Vital statistics of India. Vol. IV, Annual returns from 1871 to 1876. British Army of India, Native Army and jails of Bengal
Year: 1871
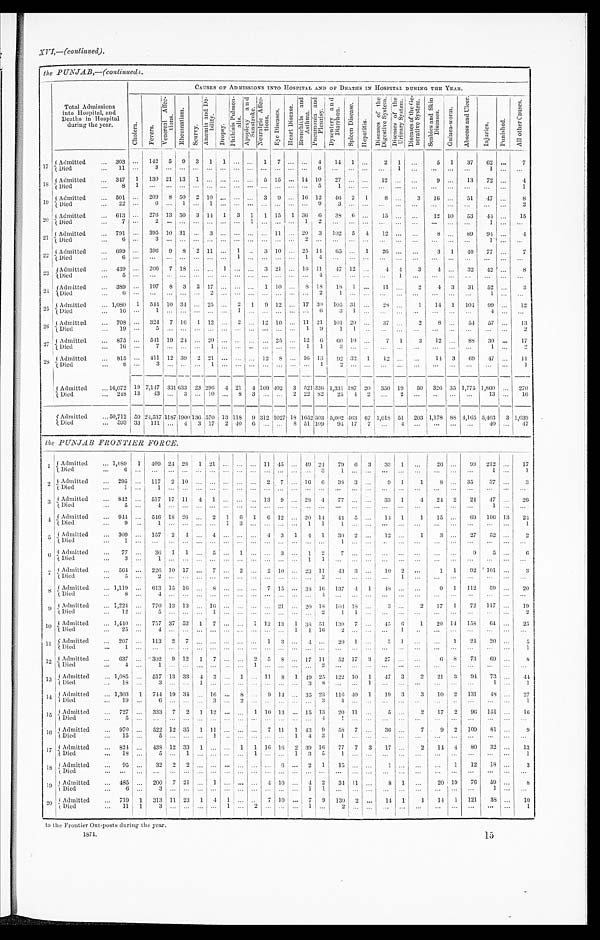
1 8 7 1 .
15
XVI,—(continued).
the PUNJAB,— (continued ).
Total Admissions
into Hospital, and
Deaths in Hospital
during the year.
CAUSES OF ADMISSIONS INTO HOSPITAL AND OF DEATHIS IN HOSPITAL DURING THE YEAR.
C h o l e r a
F e v e r s .
V e n e r e a l A f f e c t i o n s .
R h e u m a t i s m .
S c u r v y .
A n a e m i a a n d D e b i l i t y ,
D r o p s y .
P h t h i s i s P u l m o n a l i s .
A p o p l e x y a n d S u n s t r o k e .
Ne u r a l g i c Af f e c t i o n
Eye Di seases.
H e a r t D i s e a s e .
B r o n c h i t i s a n d A s t h m a
P n e u m o n i a a n d P l e u r i s y .
D y s e n t e r y a n d D i a r r h o e a .
S p l e e n D i s e a s e .
H e p a t i t i s .
D i s e a s e o f t h e D i g e s t i v e S y s t e m .
D i s e a s e s o f t h e U r i n a r y S y s t e m
D i s e a s e s o f t h e G e n e r a t i v e S y s t e m .
S c a b i e s a n d S k i n D i s e a s e s .
G u i n e a - w o r m .
A b s c e s s a n d U l c e r .
I n j u r i e s
P u n i s h e d .
A l l O t h e r C a u s e s .
1 7 Admitted
Died
...
303 ... 142 5 9
3 1
1 ... ... 1 7 ... ...
4
14 1
...
...
2
1 ...
5 1
37
62 ...
7
. . .
1 1
. . .
3 ... ...
. . .
... ... ... ... ... ... ... ...
6 ... ... ...
. . . 1
. . . ...
... ...
1 ...
. . .
1 8 Admitted
Died
...
347 1 130 21 13 1 ... ... ... ... 5 15 ... 14 10
27 ... ...
12
. . . ...
9 ...
13
72 ...
4
. . .
8
1
. . . ... ...
. . . ... ... ... ... ... ... ... ...
5
1 ... ... ... ... ...
... ... ...
. . . ...
1
19
Admitted
Died
...
501 ... 209 8 50 2 10 ...
... ... 3 9 ... 16 12
46 2 1
8
. . .
3
16
...
51
47 ...
8
. . .
2 2
. . . 6 ... 1 ... 1 ... ... ... ... ... ... ...
9
3 ... ... ...
. . .
. . . ... ...
...
. . . ...
2
2 0 Admitted
Died
...
613 ... 276 13 50 3 14 1 3 1 1 15 1 36 6
38 6 ...
15 ... ...
12 10
53
44 ...
15
. . .
7
. . .
2 ... ...
. . .
... ... ... 1 ... ... ... 1
2 ... ... ... ...
. . .
. . .
. . . ...
...
1 ...
. . .
2 1
Admitted
Died
...
791 ... 395 10 31
. . . 3 ... ... ... ... 11 ... 20 3 102 5 4
12
. . . ...
8 ...
89
94 ...
4
. . .
6
. . . 3 . . . ...
. . . . . . . . . . . . . . . . . . . . . . . .
2
. . . . . .
. . . . . . ...
. . .
. . . . . .. .. . . .
. . .
1 ...
. . .
2 2 Admitted
Died
...
699 ... 396 9 8 2 11 ... 1 ... 3 10 ... 25 14
65
... 1
26 ...
. . .
3 1
40 77 ...
7
. . .
6
. . .
. . . ... ...
. . . ... ... 1 ... ... ... ... 1
4
... ... ... ...
. . .
. . . ... ... ...
...
...
...
23
Admitted
Died
...
439 ... 206 7 18
. . . ... 1 ... ... 3 21
... 16 11
47 12
...
4 4
3
4
...
32
42 ...
8
. . .
5
. . .
. . . ... ...
. . . ... ... ... ... ... ... ... ...
4 ... ... ... ...
1
. . .
. . . ...
...
...
...
...
2 4 Admitted
Died
...
389 ... 197 8 3 2 17 ... ... ... 1 10 ... 8
1 8
18 1 ...
11 . . .
2
4 3
31
52 ...
3
...
6 ..
. . . ... ... ... 2 . . . . . . . . . . . . . . . . . . . . .
2
1 ... ... ...
. . . ...
. . . ... ...
1 ...
. . .
2 5 Admitted
Died
... 1,080 1 544 I0 34 ... 25 ... 2 1 9 12 ... 17 30 105 31 ...
28
. . .
1
14 1 104 99 ...
12
. . . 16
. . .
1 ... ...
. . . ... ... 1
... ... ... ...
6
3 I ... ...
. . .
. . .
. . . ...
...
4 ...
. . .
2 6 Admitted
Died
. . . 708 ... 324 7 16 1 12 ... 2 ... 12 10 ... 11 21
101 20 ...
37 ...
2
8 ...
54
57 ...
13
. . . 19
. . .
5 ... ...
. . . ... ... ... ... ... ... ...
1
9
1
1 ... ...
. . .
. . .
. . . ...
...
... ...
2
2 7 Admitted
Died
...
875
. . . 541 19 24 ... 20 ... ... ... ... 25 ... 12
6
60 10 ...
7
1
3 12
...
88
30 ...
17
...
16 ...
7 ... ... ... 1 ... ... .... ... ... ... 1 1
3 ... ...
. . .
. . . . . .
. . . ... ...
1 ...
2
2 8 Admitted
Died
. . . 815 ... 411 12 39 2 21 ... ... ... 12
8 ... 16 13
92 32 1
12 ... ...
14 3
69
47 ...
11
. . .
8
. . .
3 ... ...
. . . 1 ... ... ... ...
...... ... 1
2 ...
. . . ...
... ...
...
...
. . .
...
...
1
A d m i t t e d
Died
. . .
16,072 19 7,147 331 633 23
296 4 21 4 109
402 3 521 336 1,331 187 20 350 19
50 326 35 1,775 1,860 ... 270
. . . 248 13
43 ... 3
. . . 10 ... 8 3 ... ... 2 22 82
25 4 2 ...
2 ...
. . . ... ...
13 ...
16
Admitted
Died
... 50,712 50
2 4 , 5 3 7
1187
1900
136 570 13 118
9
3 1 21027 18 1652 503
5,002
463
67 1,018 51 203 1,178
88
4,165
5 , 4 0 3
3 1,039
...
593 33 111 ... 4 3 17 2 40 6 ... ... 8 51 109
94 17 7 ...
4 ...
... ... ...
40 ...
47
the PUNJAB FRONTIER FORCE.
1
Admitted
Died
... 1,089 1 409 24 28 1 21 ... ... ... 11 45 ... 49 24
79
6 3
33 1
. . .
26 ...
99 212
...
17
. . .
6
. . .
. . .
... ...
. . .
... ... ... ... ... ... ... ...
3 1
...
. . .
...
. . .
. . .
. . .
...
...
1 ...
1
2 Admitted
Died
...
295 ... 117 2 10 ... ... ...
... 2 7 ... 16 6
38 3 ...
9 1
1
8 ... 35
37 ...
3
. . . 1
. . . 1 ... ...
. . .
... ... ... ... ... ... ... ...
. . .
. . . ... ...
. . .
. . .
. . .
. . .
...
...
. . .
...
. . .
3 Admitted
Died
...
842 ... 51 7 17 11 4
1
... ... ... 13 9 ... 28 4
77 ...
...
33 1
4
24 2
24
47 ...
26
. . . 5
. . .
4 ... ...
. . . ... ... ... ... ... ... ... ...
. . . ... ... ...
. . .
. . . ...
. . . ... ...
1 ...
. . .
4 Admitted
Died
...
944 ...
546 18 26 ...
2 1 6 1 6 12 ... 20 14
44
5 ...
14 1
1
15 ...
69 106 13
24
. . .
9
. . .
1 ... ...
. . .
. . .
1 3 ...
... ... ... 1
1 1 ... ... ...
. . . ...
...
...
...
. . .
...
1
5 Admitted
Died
...
309 ... 157 2 4 ... 4 ... ... ... 4 3 1 4 1
30 2 ...
12 ...
1
3 ...
27
52 ...
2
...
1
. . .
. . .
...
... . . . ... ... ... ... ... ... ... ...
. . .
1
... ... ...
. . .
. . .
. . . ...
. . .
. . .
...
...
6
Admitted
Died
...
77 ...
36 1 1 ... 5 ... 1 ...
...
3 ... 1 2
7... ... ...
... ...
...
...
9
5 ...
6
. . .
3
. . .
1 ...
...
. . .
. . .
... ... ... ...
. . . ... 1 1
...... ... ... ...
. . .
. . . ...
...
. . . ...
. . .
7 Admitted
Died
...
564 ... 226
10 17 ... 7
...
2 ... 2 10 ... 23 11
43 3 ...
10 2 ...
1
1 92 101 ...
3
. . .
5
. . .
2 ... ...
. . .
. . .
... ... . . .
. . .
.
. .
.... ..
. . . . . ... 2 . . . . . .
... ... ...
1
. . .
. . .
. . . . . .
. . . ...
. . .
8 Admitted
Died
... 1,119 ... 613 15 16 ... 8
... ... ... 7 15 ... 38 16 137 4 1
48 ... ...
9 1
112
59 ...
20
. . .
8
. . .
4 ... ...
. . . ... ... ... ... ... ... ... ...
4 ...
...
. . .
...
. . .
. . .
. . .
. . . ...
. . .
...
. . .
9 Admitted
Died
... 1,224 ... 770 13 13 ... 16 ...
... ... ... 21 ... 20 18 104 18 ...
3
. . . 2
17 1
72 117 ...
1 9
. . .
1 2
. . .
5 ... ...
. . .
... ... ... ... ... ... ... ...
2 1 1 ... ...
. . .
. . .
. . .
. . . ...
. . .
...
2
10
Admitted
Died
... 1,410 ... 757 37 52 1 7 ...
...
1 12 13 1 38
5 1 130 7 ...
45 6
1
20 14 158
64 ...
25
. . .
2 5
. . .
4 ... ... ... ...
... ... ... ... 1 1 16 2
... ... ...
1
. . .
. . .
...
...
. . .
...
. . .
11 Admitted
Died
. . . 207
. . . 113 2 7 ... ... ... ... ... 1 3 ... 4 ...
20 1 ...
5 1 ...
...
1
24
20 ...
5
. . .
1
. . .
. . .
...
...
. . .
... ... ... ...
... ......
. . . . . . ...
... ...
. . .
. . .
. . .
. . .
. . . ...
. . . ...
1
12 Admitted
Died
...
637 ... 302 9 12
1
7 ... ...
2 5 8 ... 17 11
52 17 3
27 ...
. . .
6 8
73
69 ...
8
. . .
4
. . .
1 ... ...
. . .
. . .
... ... 1 ... ......
. . . 2 ... ...
. . .
...
. . .
. . .
. . . ...
. . .
. . .
...
. . .
1 3 Admitted
Died
... 1,085 ... 517 13 33
4 3 ... 1 ... 11 8 1 49 25 122 10 1 I 47 3
2
21 3
94 73 ...
4 4
. . . 18 ...
3 ... ...
1
. . .
... ... ... ...
...
. . .
3
8 ... ...
1 ...
. . .
. . .
. . .
. . . ...
1 ...
1
1 4 Admitted
Died
... 1,303 1 744 19 34
. . . 16 ... 8 ... 9 14 ... 35 23 116 40 1
19 3
3
10 2 131
48 ...
27
. . .
1 9
. . .
6 ... ...
. . .
3 ... 2 ...
... ... ... ...
3 4 ...
. . .
...
... ...
...
. . . ...
... ...
1
1 5 Admitted
Died
. . . 727 ... 333 7 2 1 12 ... ... 1 10 13 ... 15 13
20 11 ...
5 ...
2
17 2
96 151 ...
16
. . .
5
. . .
. . .
...
...
. . .
... ... ... ... ... ...
. . .
...
4 1 ... ...
. . .
. . .
. . .
. . .
. . . ...
. . .
...
. . .
16 Admitte
d
Died
. . . 970 ... 522 12 35 1 11 ... ... ... 7 11 1 43
9
58
7 ...
36 ...
7
9 2 109
81 ...
9
. . .
1 5
. . .
5 ... ...
. . .
1 ... ... ...
... ...
1 4
3 1
... ... ...
. . .
. . .
. . .
. . . ...
. . . ...
. . .
1 7 Admitted
Died
. . . 824 ... 438 12 33
1 ... ... 1 1 16 16 2 39 16
77 7 3
17 ...
2
14 4
80
32 ...
13
. . .
1 8
. . .
5 ... 1
. . .
... ... ...
1 ... ... 1 3
5
1 ...
. . .
...
. . .
. . . . . . ...
. . .
. . . ...
1
18
Admitted
Died
. . .
95 ...
32 2 2
. . . ... ... ... ...
... 6
. . .
2 1
15 ...
. . .
1
...
. . . ...
1
12
18 ...
3
...
. . . ... ... ... ...
. . . ... ... ... ...
. . . ...
. . . ...
. . .
. . . ... ...
. . .
. . . ...
... ...
...
. . . ...
. . .
1 9 Admitted
Died
...
485 ... 200 7 21
. . . 1 ... ... ... 4 10 ... 4 2
34 11 ...
8 1
. . .
20 19
76
59 ...
8
. . .
6
. . .
3 ... ...
. . .
. . .
... ... ...
... ...
. . .
1 1 ... ... ...
. . .
. . .
. . . ...
...
. . .
1 ...
. . .
2 0 Admitted
Died
...
719 1 313 11 23 1 4 1 ... ..
7 10 ... 7 9 130 2 ...
14 1
1
14 1 121
38 ...
10
. . . 11
1
3 ... ...
. . .
... 1 ... 2 ... ... ... 1
. . .
2
... ... ...
. . .
. . .
. . .
... ...
. . .
. . .
1
to the Frontier Out-posts during the year.